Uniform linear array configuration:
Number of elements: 32
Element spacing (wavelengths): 0.5
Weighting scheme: exponential
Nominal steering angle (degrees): -30
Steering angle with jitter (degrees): -29.144
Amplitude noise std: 0.05
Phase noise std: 0.05

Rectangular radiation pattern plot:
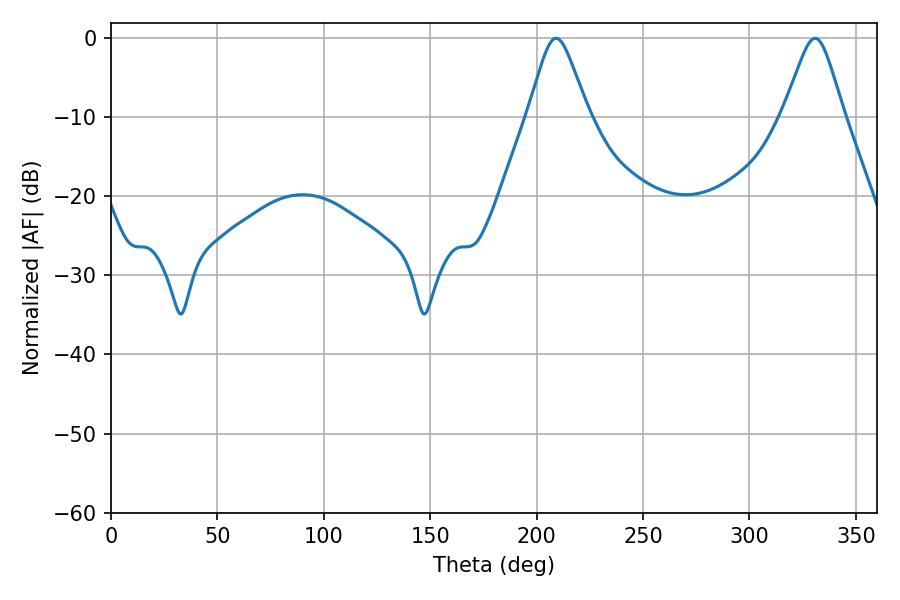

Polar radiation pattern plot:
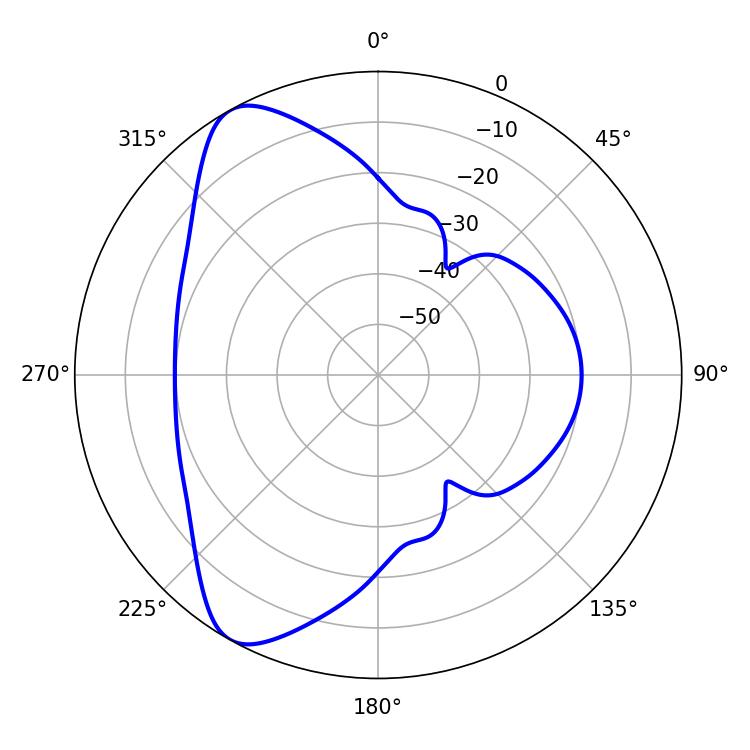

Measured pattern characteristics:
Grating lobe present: FALSE
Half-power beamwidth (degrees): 13.5
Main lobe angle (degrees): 209.16